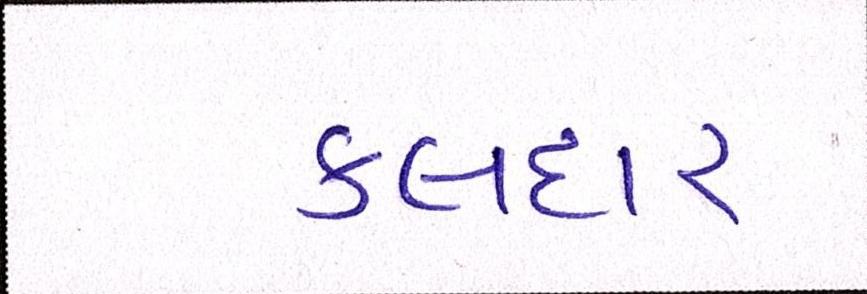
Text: કલદાર